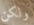
ولكن